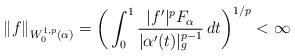
LaTeX: \begin{align*}\| f \|_{W_0^{1,p}(\alpha)} = \bigg( \int_0^1 \frac{|f'|^p F_\alpha}{| \alpha'(t) |_g^{p-1}} \,dt \bigg)^{1/p} < \infty\end{align*}